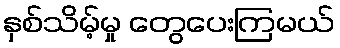
နှစ်သိမ့်မှု တွေပေးကြမယ်